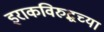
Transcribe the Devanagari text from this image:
इराकविरुद्धच्या